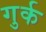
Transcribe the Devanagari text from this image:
गुर्क